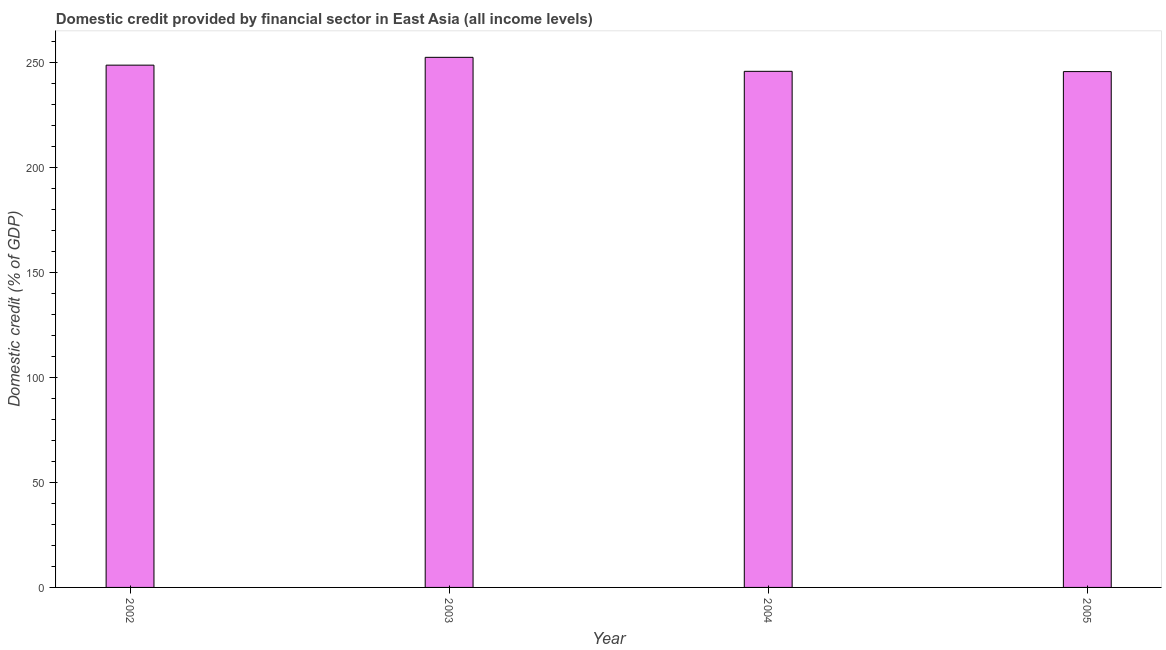
| Year | Domestic credit provided by financial sector |
 | --- | --- |
 | 2002 | 249 |
 | 2003 | 252 |
 | 2004 | 246 |
 | 2005 | 246 |